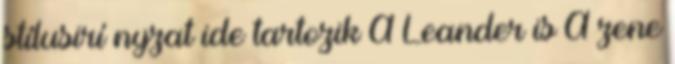
stí­lusirí nyzat ide tartozik A Leander is A zene